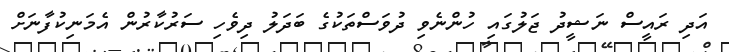
އަދި ރައީސް ނަޝީދު ޖަލުގައި ހުންނެވި ދުވަސްތަކުގެ ބަދަލު ދިވެހި ސަރުކާރުން އެމަނިކުފާނަށް